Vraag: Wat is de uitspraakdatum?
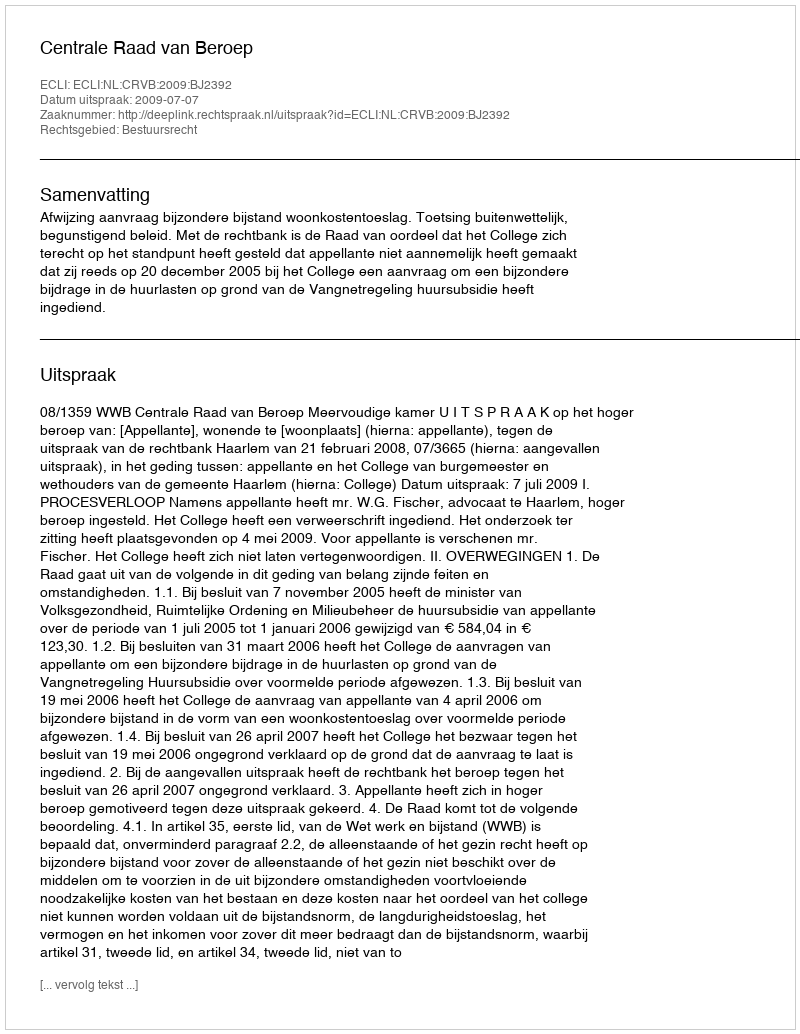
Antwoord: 2009-07-07